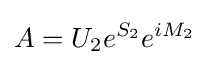
A=U_{2}e^{S_{2}}e^{iM_{2}}